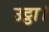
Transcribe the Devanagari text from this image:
उट्ठा।